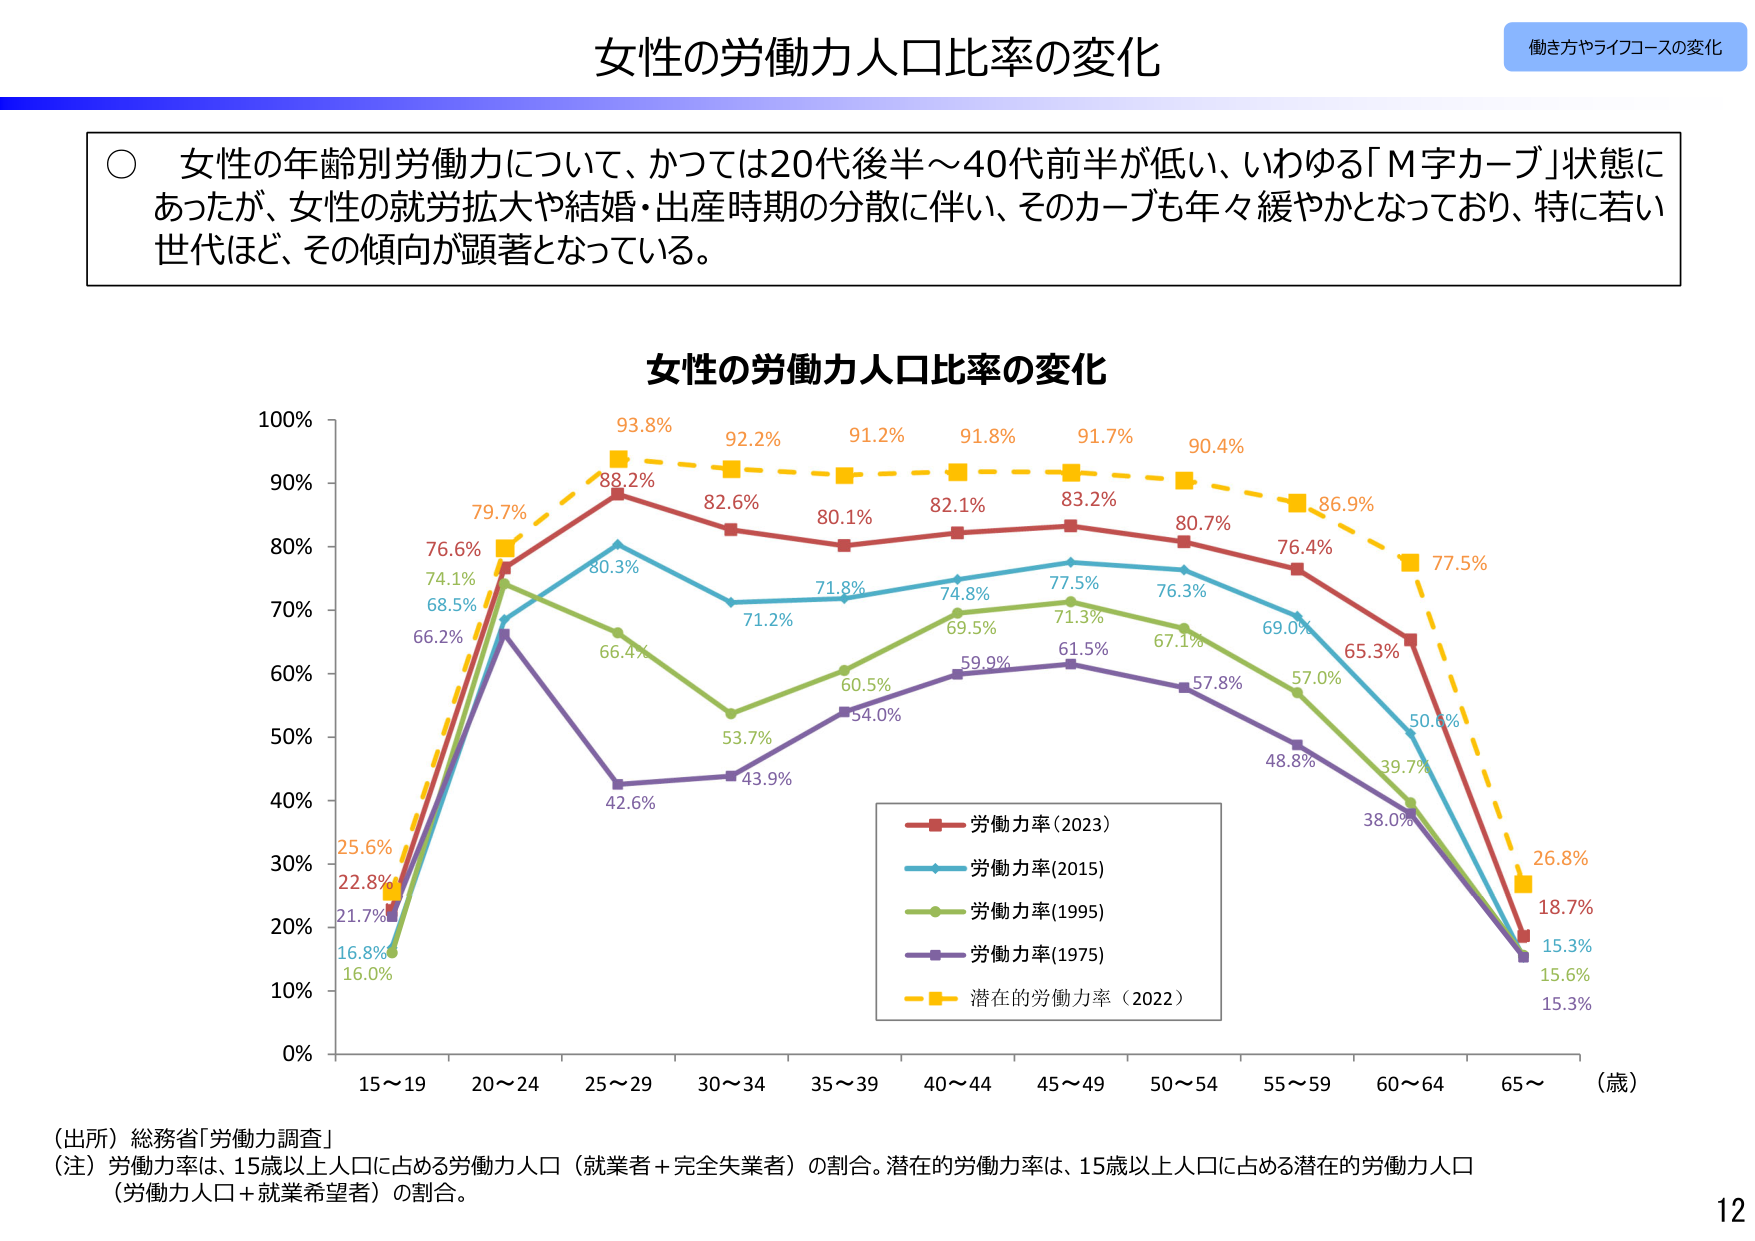
女性の労働力人口比率の変化
働き方やライフコースの変化

○ 女性の年齢別労働力について、かつては20代後半～40代前半が低い、いわゆる「M字カーブ」状態にあったが、女性の就労拡大や結婚・出産時期の分散に伴い、そのカーブも年々緩やかとなっており、特に若い世代ほど、その傾向が顕著となっている。

女性の労働力人口比率の変化

100%
90%
80%
70%
60%
50%
40%
30%
20%
10%
0%

15～19
20～24
25～29
30～34
35～39
40～44
45～49
50～54
55～59
60～64
65～
（歳）

25.6%
22.8%
21.7%
16.8%
16.0%
76.6%
74.1%
68.5%
66.2%
79.7%
88.2%
93.8%
92.2%
82.6%
80.1%
82.1%
83.2%
80.7%
76.4%
65.3%
18.7%
15.3%
15.6%
15.3%
26.8%
77.5%
86.9%
90.4%
91.7%
91.8%
91.2%
80.3%
71.2%
71.8%
74.8%
77.5%
76.3%
69.0%
50.6%
39.7%
66.4%
53.7%
60.5%
59.9%
61.5%
57.8%
48.8%
38.0%
57.0%
71.3%
69.5%
67.1%
43.9%
42.6%
54.0%

労働力率（2023）
労働力率（2015）
労働力率（1995）
労働力率（1975）
潜在的労働力率（2022）

（出所）総務省「労働力調査」
（注）労働力率は、15歳以上人口に占める労働力人口（就業者＋完全失業者）の割合。潜在的労働力率は、15歳以上人口に占める潜在的労働力人口（労働力人口＋就業希望者）の割合。

12